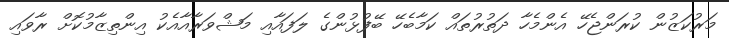
މަރުކަޒުން ކުރަންޖެހޭ އެންމެހާ ދަތުރުތައް ކަމާބެހޭ ބޭފުޅުންގެ ލަފައާއި މަޝްވަރާއާއެކު އިންތިޒާމުކޮށް ރާވައި